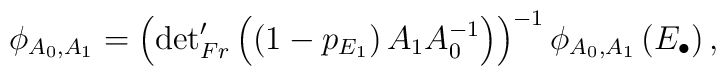
\phi_{A_0,A_1}=\left({\det}'_{Fr}\left(\left(1-p_{E_1}\right)A_1A_0^{-1}\right)\right)^{-1}\phi_{A_0,A_1}\left(E_{\bullet}\right),